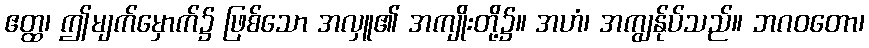
ဧတ္ထ၊ ဤမျက်မှောက်၌ ဖြစ်သော အလှူ၏ အကျိုးတို့၌။ အဟံ၊ အကျွန်ုပ်သည်။ ဘဂဝတော၊